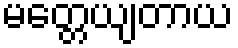
မတ္တေယျတာယ